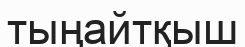
тыңайтқыш